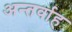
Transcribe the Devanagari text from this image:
अन्‍तर्वाह